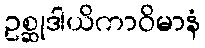
ဥစ္ဆုဒါယိကာဝိမာနံ